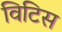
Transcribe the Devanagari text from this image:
विटिस